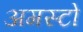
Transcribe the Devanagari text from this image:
अगस्टो